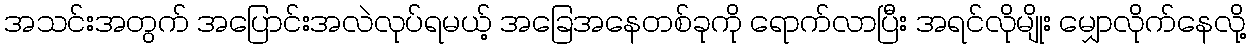
အသင်းအတွက် အပြောင်းအလဲလုပ်ရမယ့် အခြေအနေတစ်ခုကို ရောက်လာပြီး အရင်လိုမျိုး မျှောလိုက်နေလို့